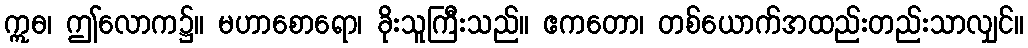
ဣဓ၊ ဤလောက၌။ မဟာစောရော၊ ခိုးသူကြီးသည်။ ဧကတော၊ တစ်ယောက်အထည်းတည်းသာလျှင်။